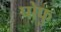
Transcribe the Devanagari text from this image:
पोफु